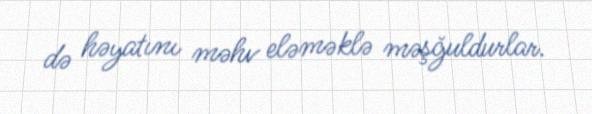
də həyatını məhv eləməklə məşğuldurlar.